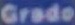
Grado